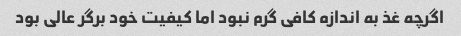
اگرچه غذ به اندازه کافی گرم نبود اما کیفیت خود برگر عالی بود